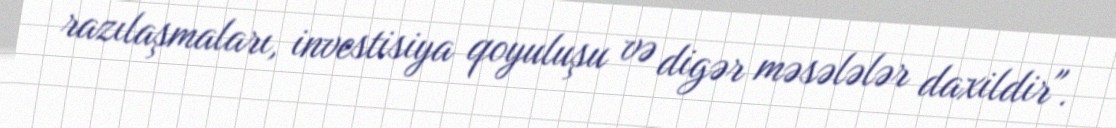
razılaşmaları, investisiya qoyuluşu və digər məsələlər daxildir".